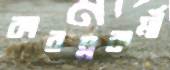
কারম্নকর্মী